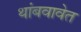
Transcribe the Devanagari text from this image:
थांबवावेत